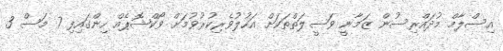
އިސްލާމް މުދައްރިސުން ޒަމާނީ ވަސީލަތްތަކަށް އަހުލުވެރިކުރުވުމަށް ވޯކްޝޮޕެއް ހިންގައިފި 7 މަސް 3